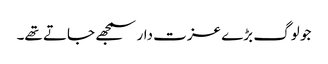
جو لوگ بڑے عزت دار سمجھے جاتے تھے۔